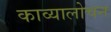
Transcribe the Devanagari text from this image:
काव्यालोचन